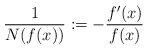
\begin{align*}\frac{1}{N(f(x))}:=-\frac{f'(x)}{f(x)} \end{align*}